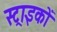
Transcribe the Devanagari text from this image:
स्ट्राइकों